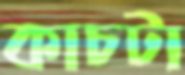
কাচটা